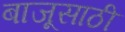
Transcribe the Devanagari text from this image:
बाजूसाठी